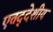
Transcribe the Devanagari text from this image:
एतद्‍देशीय